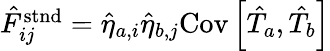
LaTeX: \begin{array}{r}{\hat{F}_{ij}^{\mathrm{stnd}}=\hat{\eta}_{a,i}\hat{\eta}_{b,j}\mathrm{Cov}\left[\hat{T}_{a},\hat{T}_{b}\right]}\end{array}